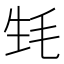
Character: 𣬺